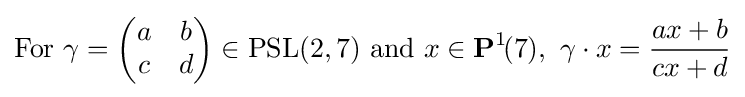
{\text{For  }}\gamma ={\begin{pmatrix}a&b\\c&d\end{pmatrix}}\in {\text{PSL}}(2,7){\text{  and  }}x\in \mathbf {P} ^{1}\!(7),\ \gamma \cdot x={\frac {ax+b}{cx+d}}